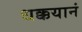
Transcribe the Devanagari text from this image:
धक्कयानं